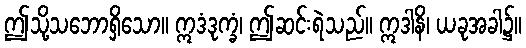
ဤသို့သဘောရှိသော။ ဣဒံဒုက္ခံ၊ ဤဆင်းရဲသည်။ ဣဒါနိ၊ ယခုအခါ၌။